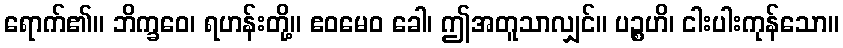
ရောက်၏။ ဘိက္ခဝေ၊ ရဟန်းတို့။ ဧဝမေဝ ခေါ၊ ဤအတူသာလျှင်။ ပဉ္စဟိ၊ ငါးပါးကုန်သော။